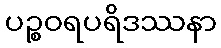
ပဉ္စဝရပရိဒဿနာ